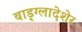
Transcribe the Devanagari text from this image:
बाड़्ग्लादेशेर